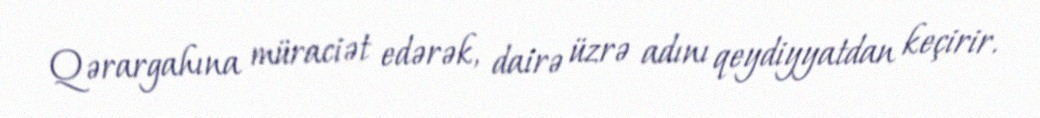
Qərargahına müraciət edərək, dairə üzrə adını qeydiyyatdan keçirir.